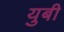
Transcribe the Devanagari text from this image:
युबी